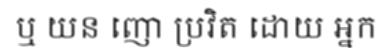
ឬ យន ញោ ប្រវិត ដោយ អ្នក